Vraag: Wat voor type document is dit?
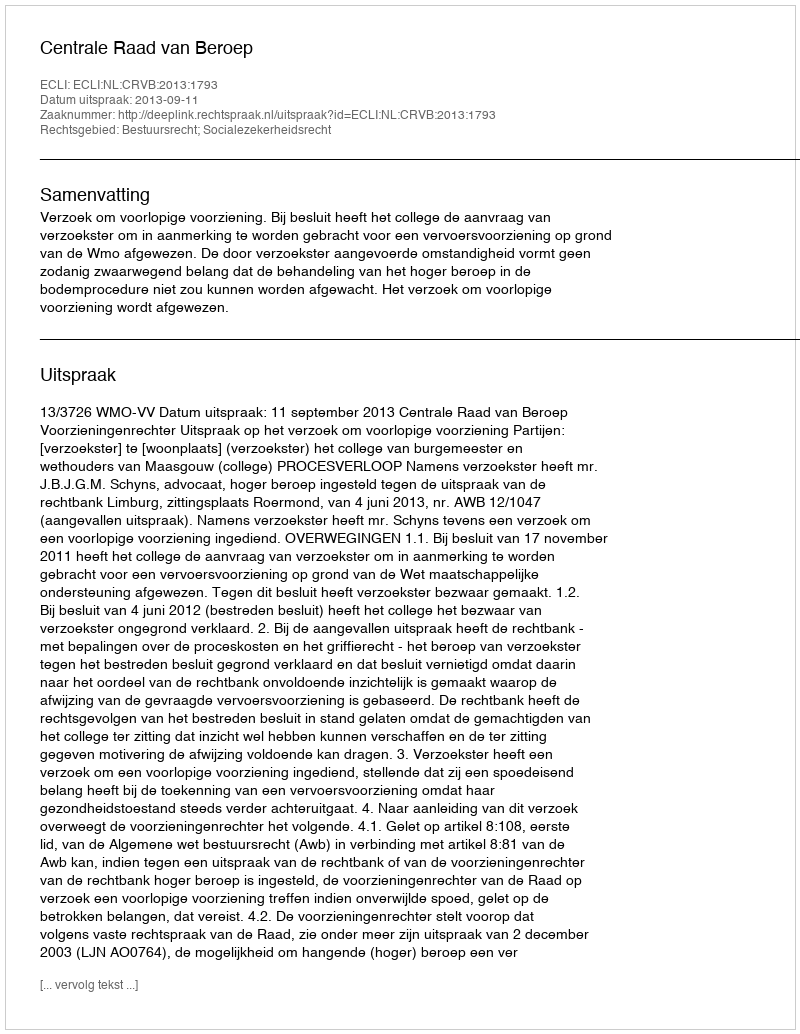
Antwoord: Uitspraak